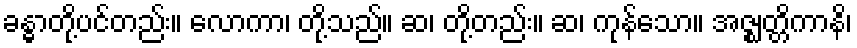
ခန္ဓာတို့ပင်တည်း။ လောကာ၊ တို့သည်။ ဆ၊ တို့တည်း။ ဆ၊ ကုန်သော။ အဇ္ဈတ္တိကာနိ၊